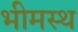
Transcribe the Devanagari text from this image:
भीमस्थ